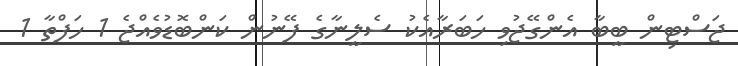
ޖަސްޓިން ބީބާ އެންގޭޖުވި ހަބަރާއެކު ސެލީނާގެ ފޭނުން ކަންބޮޑުވެއްޖެ 1 ހަފްތާ 1